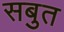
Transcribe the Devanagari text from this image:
सबुत